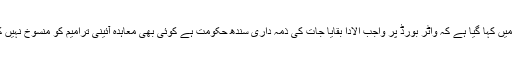
خط میں کہا گیا ہے کہ واٹر بورڈ پر واجب الادا بقایا جات کی ذمہ داری سندھ حکومت ہے کوئی بھی معاہدہ آئینی ترامیم کو منسوخ نہیں کرتا۔